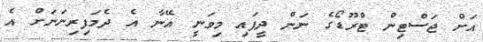
އަށް ޖަސްޓިން ޓްރޫޑޯގެ ނަން ދީފައި މިވަނީ އޭނާ އެ ދެމަފިރިނަނަށް އެ